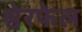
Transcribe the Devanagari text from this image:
श्वेरफेल